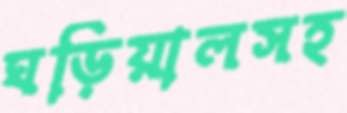
ঘড়িয়ালসহ